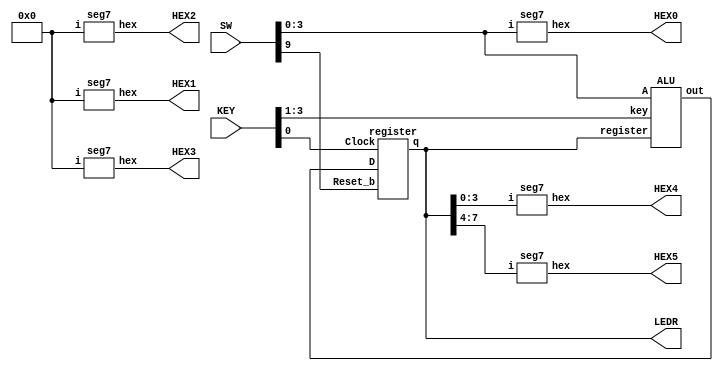
module part2(SW, KEY, LEDR, HEX0, HEX1, HEX2, HEX3, HEX4, HEX5);
input [9:0] SW;
input [3:0] KEY;
output [7:0] LEDR;
output [6:0] HEX0, HEX1, HEX2, HEX3, HEX4, HEX5;
reg [3:0] zero = 4'b0000;
wire [7:0] aluOut, regOut;
ALU main(
.A(SW[3:0]),
.register(regOut),
.key(KEY[3:1]),
.out(aluOut)
);
assign LEDR = regOut;
register reg1(
.D(aluOut),
.Reset_b(SW[9]),
.Clock(KEY[0]),
.q(regOut)
);
seg7 hex0(
.i(SW[3:0]),
.hex(HEX0)
);
seg7 hex1(
.i(zero),
.hex(HEX1)
);
seg7 hex2(
.i(zero),
.hex(HEX2)
);
seg7 hex3(
.i(zero),
.hex(HEX3)
);
seg7 hex4(
.i(regOut[3:0]),
.hex(HEX4)
);
seg7 hex5(
.i(regOut[7:4]),
.hex(HEX5)
);
endmodule


module seg7(input[3:0] i, output reg [6:0] hex);
always @(*)
begin
case(i)
4'h0: hex = 7'b1000000;
4'h1: hex = 7'b1111001;
4'h2: hex = 7'b0100100;
4'h3: hex = 7'b0110000;
4'h4: hex = 7'b0011001;
4'h5: hex = 7'b0010010;
4'h6: hex = 7'b0000010;
4'h7: hex = 7'b1111000;
4'h8: hex = 7'b0000000;
4'h9: hex = 7'b0010000;
4'hA: hex = 7'b0001000;
4'hB: hex = 7'b0000011;
4'hC: hex = 7'b1000110;
4'hD: hex = 7'b0100001;
4'hE: hex = 7'b0000110;
4'hF: hex = 7'b0001110;
default: hex = 7'b1000000;
endcase
end
endmodule

module register (input[7:0] D, input Reset_b, Clock, output reg[7:0] q);
always @(posedge Clock)
begin
if (Reset_b == 1'b0)
q <= 0;
else
q <= D;
end
endmodule

module ALU (input [3:0] A, input [7:0] register, input [2:0] key,
output reg [7:0] out);
wire [3:0] B;
assign B = register[3:0];

wire [3:0] tempSum;
wire carry;
adder4bit adder(.A(A), .B(B), .Cin(1'b0), .S(tempSum), .Cout(carry));

always @(*)
begin
case(~key)
3'd0: out = {3'b000, carry, tempSum};
3'd1: out =  A + B;
3'd2: out = {~(A^B),~(A&B)};
3'd3: out = (A||B)? 8'b00001111:8'b00000000;
3'd4: out = (((A[0]+A[1]+A[2]+A[3]==1'b1))&&((B[0]+B[1]+B[2]+B[3]==2'b10)))?
8'b11110000:8'b00000000;
3'd5: out = {A,B};
3'd6: out = register;
default: out = 8'd0;
endcase
end
endmodule





module adder4bit(input [3:0] A, B, input Cin, output [3:0] S, output Cout);
wire w1, w2, w3;
fullAdder add1(.a(A[0]), .b(B[0]), .Cin(Cin), .s(S[0]), .Cout(w1));
fullAdder add2(.a(A[1]), .b(B[1]), .Cin(w1), .s(S[1]), .Cout(w2));
fullAdder add3(.a(A[2]), .b(B[2]), .Cin(w2), .s(S[2]), .Cout(w3));
fullAdder add4(.a(A[3]), .b(B[3]), .Cin(w3), .s(S[3]), .Cout(Cout));

endmodule

module fullAdder (input a, b, Cin, output s, Cout);
assign s = Cin^a^b;
assign Cout = (a & b)|(Cin & a)|(Cin & b);
endmodule